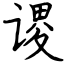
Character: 谡